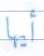
أيها